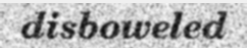
disboweled